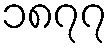
၁၈၇၇